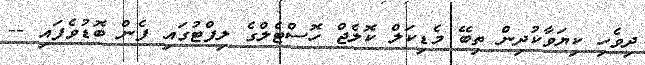
ދިވެހި ކިޔަވާކުދިން ތިބޭ މެޑިކަލް ކޮލެޖް ހޮސްޓެލްގެ ލިފްޓުގައި ފެން ބޮޑުވެފައި --